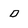
Character: D